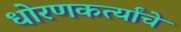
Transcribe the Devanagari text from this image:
धोरणकर्त्यांचे